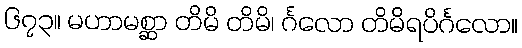
၆၇၃။ မဟာမစ္ဆာ တိမိ တိမိ၊ င်္ဂလော တိမိရပိင်္ဂလော။